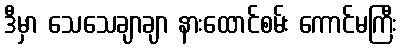
ဒီမှာ သေသေချာချာ နားထောင်စမ်း ကောင်မကြီး